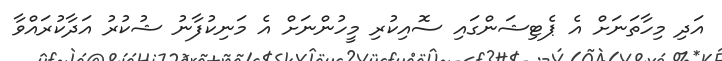
އަދި މިހާތަނަށް އެ ޕެޓިޝަންގައި ސޮއިކުރި މީހުންނަށް އެ މަނިކުފާނު ޝުކުރު އަދާކުރައްވާ